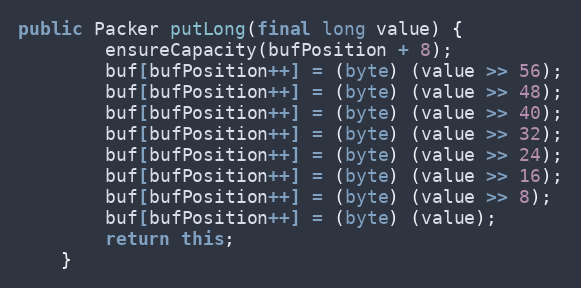
Language: Java
public Packer putLong(final long value) {
		ensureCapacity(bufPosition + 8);
		buf[bufPosition++] = (byte) (value >> 56);
		buf[bufPosition++] = (byte) (value >> 48);
		buf[bufPosition++] = (byte) (value >> 40);
		buf[bufPosition++] = (byte) (value >> 32);
		buf[bufPosition++] = (byte) (value >> 24);
		buf[bufPosition++] = (byte) (value >> 16);
		buf[bufPosition++] = (byte) (value >> 8);
		buf[bufPosition++] = (byte) (value);
		return this;
	}